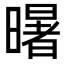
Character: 龧